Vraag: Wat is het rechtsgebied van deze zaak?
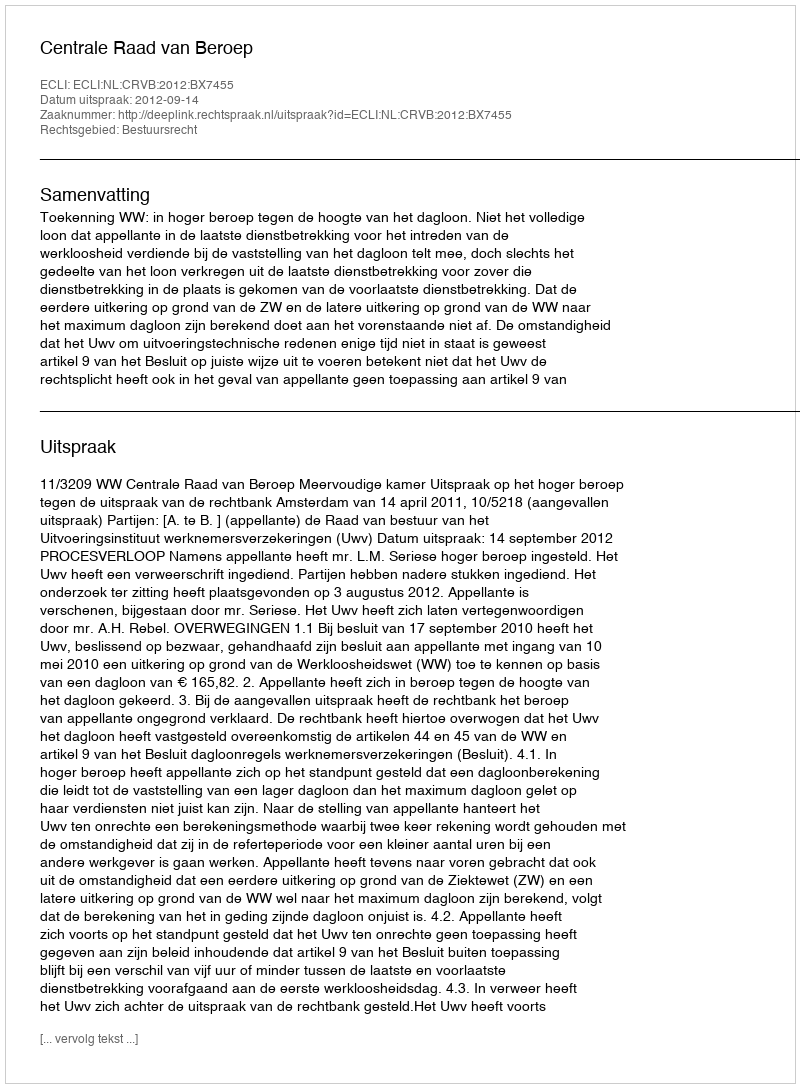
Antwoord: Bestuursrecht